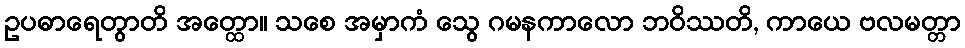
ဥပဓာရေတွာတိ အတ္ထော။ သစေ အမှာကံ သွေ ဂမနကာလော ဘဝိဿတိ, ကာယေ ဗလမတ္တာ